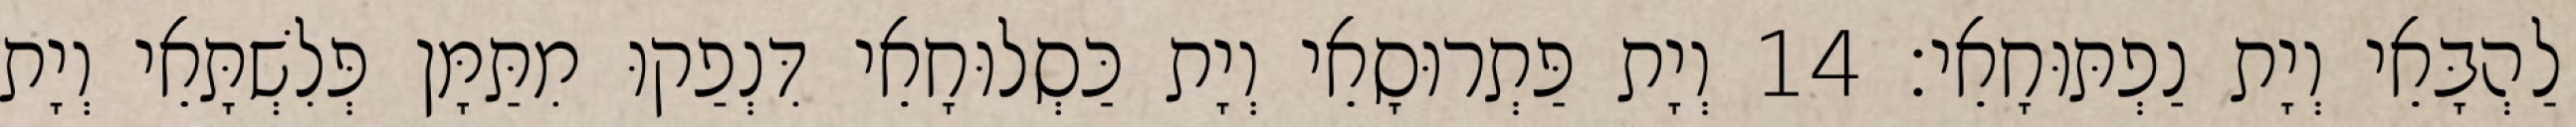
לַהְבָּאֵי וְיָת נַפְתּוּחָאֵי׃ 14 וְיָת פַּתְרוּסָאֵי וְיָת כַּסְלוּחָאֵי דִּנְפַקוּ מִתַּמָּן פְּלִשְׁתָּאֵי וְיָת